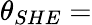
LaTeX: \theta_{SHE}=